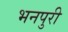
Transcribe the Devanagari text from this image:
भनपुरी